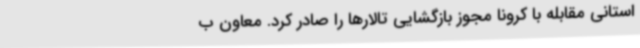
استانی مقابله با کرونا مجوز بازگشایی تالارها را صادر کرد. معاون ب